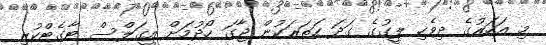
މި އަހަރުގެ ދިވެހި ލީގުގެ ގަދަ ހަތަރަކުން ޖާގަ ހޯދުމަށް އީގަލްސް ޓާގެޓްކުރި